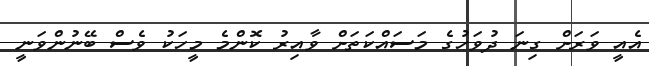
އެއީ ވަރަށް ގިނަ ދުވަހުގެ މަސައްކަތަށް ވާއިރު ކޮންމެ މީހަކު ވެސް ބޭނުންވަނީ